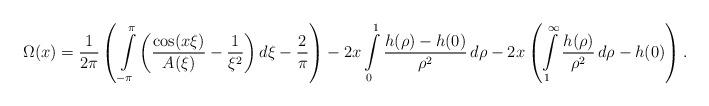
LaTeX: \begin{align*}\Omega(x)=\dfrac{1}{2\pi}\left(\,\int\limits_{-\pi}^\pi\left(\dfrac{\cos(x\xi)}{A(\xi)}-\dfrac{1}{\xi^2}\right)d\xi -\dfrac{2}{\pi} \right) - 2x \int\limits_0^1\dfrac{h(\rho)-h(0)}{\rho^2}\,d\rho - 2x\left(\int\limits_1^\infty\dfrac{h(\rho)}{\rho^2}\,d\rho-h(0)\right).\end{align*}